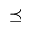
\preceq